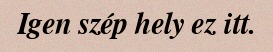
Igen szép hely ez itt.